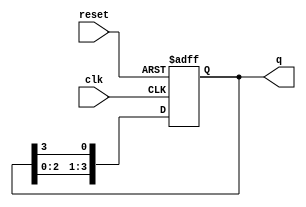
module ring_counter #(parameter N = 4) (
    input wire clk,        // Clock input
    input wire reset,      // Asynchronous reset
    output reg [N-1:0] q   // Output states of the ring counter
);

    // Initial value for the ring counter
    initial begin
        q = 1'b1; // Initialize the counter to 100...0
    end

    // Always block triggered on the rising edge of the clock or reset
    always @(posedge clk or posedge reset) begin
        if (reset) begin
            q <= 1'b1; // Reset the counter to 100...0
        end else begin
            // Shift the '1' to the next flip-flop
            q <= {q[N-2:0], q[N-1]}; // Circular shift to the right
        end
    end

endmodule